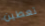
تعطين